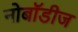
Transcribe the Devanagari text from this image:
नोबॉडीज